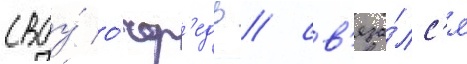
своу́ о́чер'едь / св'яза́лс'я